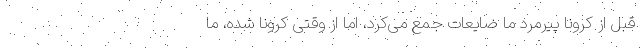
قبل از کرونا پیرمرد ما ضایعات جمع می‌کرد، اما از وقتی کرونا شده، ما